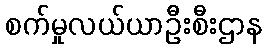
စက်မှုလယ်ယာဦးစီးဌာန